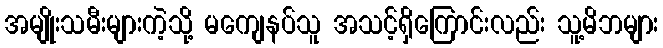
အမျိုးသမီးများကဲ့သို့ မကျေနပ်သူ အသင့်ရှိကြောင်းလည်း သူ့မိဘများ